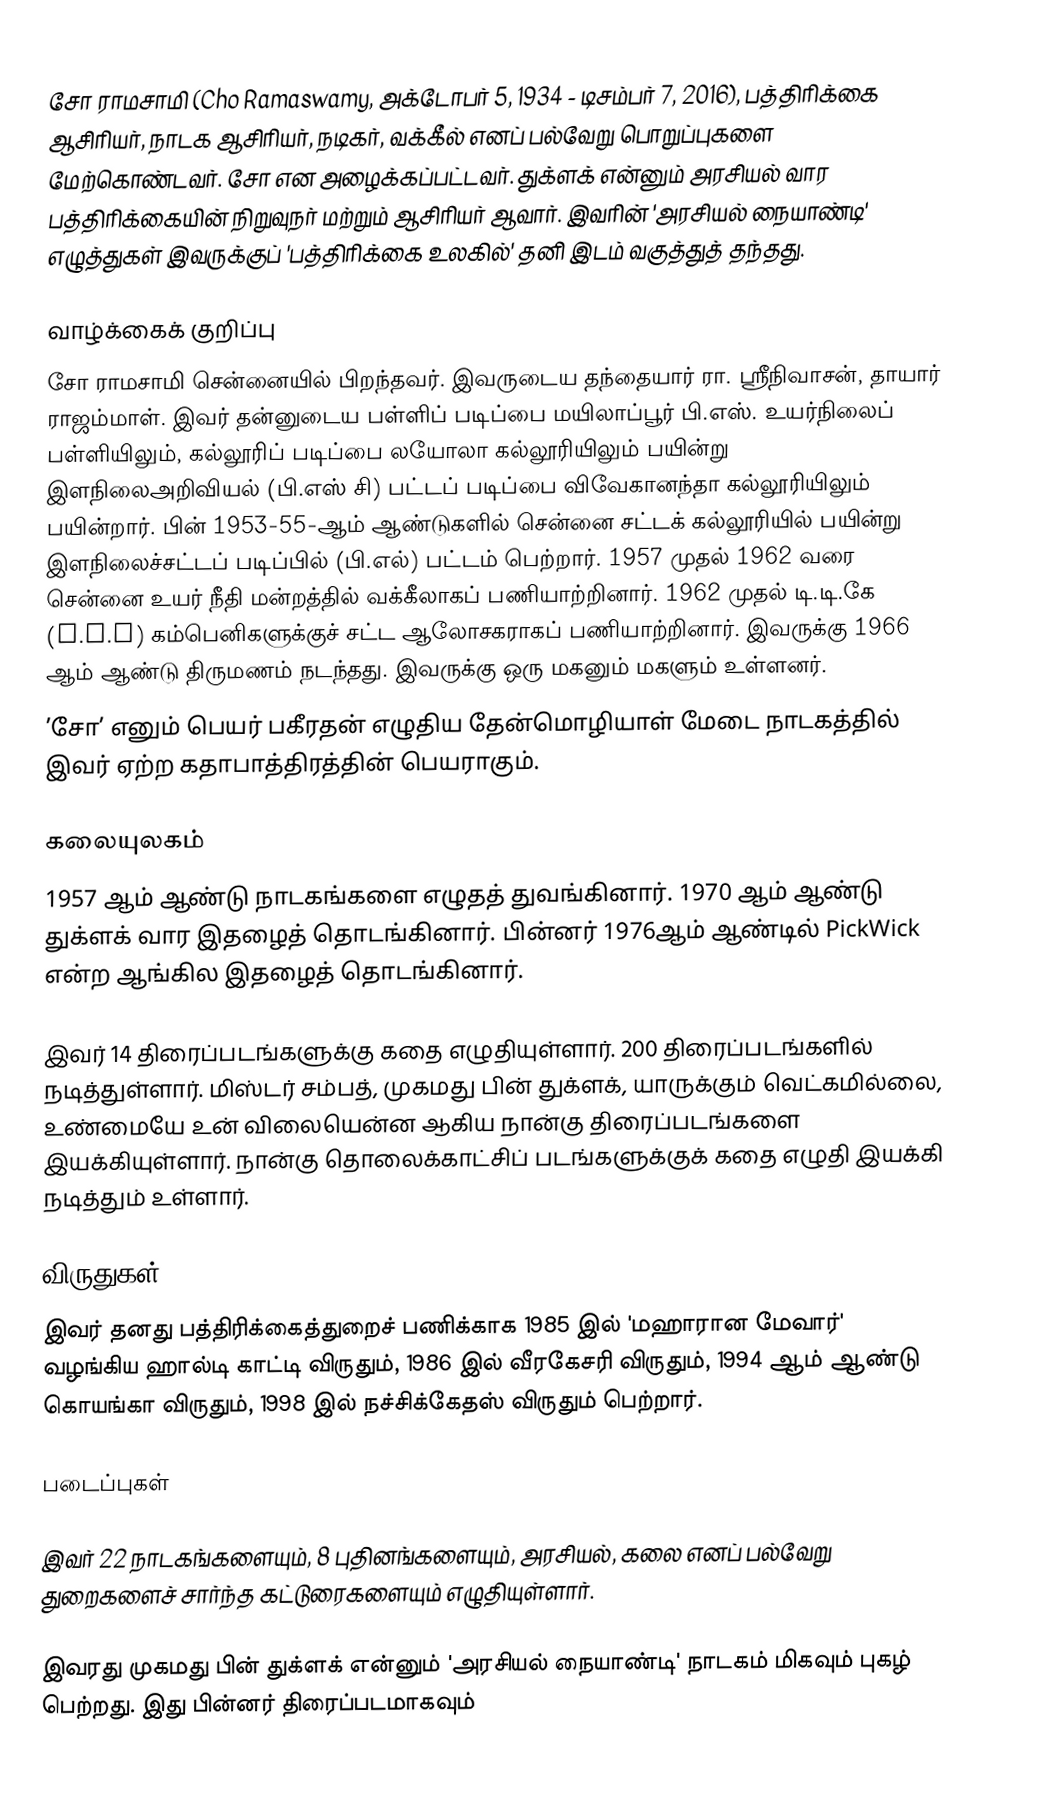
சோ ராமசாமி (Cho Ramaswamy, அக்டோபர் 5, 1934 - டிசம்பர் 7, 2016), பத்திரிக்கை ஆசிரியர், நாடக ஆசிரியர், நடிகர், வக்கீல் எனப் பல்வேறு பொறுப்புகளை மேற்கொண்டவர். சோ என அழைக்கப்பட்டவர். துக்ளக் என்னும் அரசியல் வார பத்திரிக்கையின்  நிறுவுநர் மற்றும் ஆசிரியர் ஆவார். இவரின் 'அரசியல் நையாண்டி' எழுத்துகள் இவருக்குப் 'பத்திரிக்கை உலகில்' தனி இடம் வகுத்துத் தந்தது.

வாழ்க்கைக் குறிப்பு
சோ ராமசாமி சென்னையில் பிறந்தவர். இவருடைய தந்தையார் ரா. ஸ்ரீநிவாசன், தாயார் ராஜம்மாள். இவர் தன்னுடைய பள்ளிப் படிப்பை மயிலாப்பூர் பி.எஸ். உயர்நிலைப் பள்ளியிலும், கல்லூரிப் படிப்பை லயோலா கல்லூரியிலும் பயின்று இளநிலைஅறிவியல் (பி.எஸ் சி) பட்டப் படிப்பை விவேகானந்தா கல்லூரியிலும் பயின்றார். பின் 1953-55-ஆம் ஆண்டுகளில் சென்னை சட்டக் கல்லூரியில் பயின்று இளநிலைச்சட்டப் படிப்பில் (பி.எல்) பட்டம் பெற்றார். 1957 முதல் 1962 வரை சென்னை உயர் நீதி மன்றத்தில் வக்கீலாகப் பணியாற்றினார். 1962 முதல் டி.டி.கே (T.T.K) கம்பெனிகளுக்குச் சட்ட ஆலோசகராகப் பணியாற்றினார். இவருக்கு 1966 ஆம் ஆண்டு திருமணம் நடந்தது. இவருக்கு ஒரு மகனும் மகளும் உள்ளனர்.
’சோ’ எனும் பெயர் பகீரதன் எழுதிய தேன்மொழியாள் மேடை நாடகத்தில் இவர் ஏற்ற கதாபாத்திரத்தின் பெயராகும்.

கலையுலகம்
1957 ஆம் ஆண்டு நாடகங்களை எழுதத் துவங்கினார். 1970 ஆம் ஆண்டு துக்ளக் வார இதழைத் தொடங்கினார். பின்னர் 1976ஆம் ஆண்டில் PickWick என்ற ஆங்கில இதழைத் தொடங்கினார்.

இவர் 14 திரைப்படங்களுக்கு கதை எழுதியுள்ளார். 200 திரைப்படங்களில் நடித்துள்ளார். மிஸ்டர் சம்பத், முகமது பின் துக்ளக், யாருக்கும் வெட்கமில்லை, உண்மையே உன் விலையென்ன ஆகிய நான்கு திரைப்படங்களை இயக்கியுள்ளார். நான்கு தொலைக்காட்சிப் படங்களுக்குக் கதை எழுதி இயக்கி நடித்தும் உள்ளார்.

விருதுகள்
இவர் தனது பத்திரிக்கைத்துறைச் பணிக்காக 1985 இல் 'மஹாரான மேவார்' வழங்கிய ஹால்டி காட்டி விருதும், 1986 இல் வீரகேசரி விருதும், 1994 ஆம் ஆண்டு கொயங்கா விருதும், 1998 இல் நச்சிக்கேதஸ் விருதும் பெற்றார்.

படைப்புகள்

இவர் 22 நாடகங்களையும், 8 புதினங்களையும், அரசியல், கலை எனப் பல்வேறு துறைகளைச் சார்ந்த கட்டுரைகளையும் எழுதியுள்ளார்.

இவரது முகமது பின் துக்ளக் என்னும் 'அரசியல் நையாண்டி' நாடகம் மிகவும் புகழ் பெற்றது. இது பின்னர் திரைப்படமாகவும்